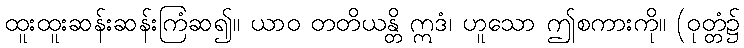
ထူးထူးဆန်းဆန်းကြံဆ၍။ ယာဝ တတိယန္တိ ဣဒံ၊ ဟူသော ဤစကားကို။ (ဝုတ္တံ၌